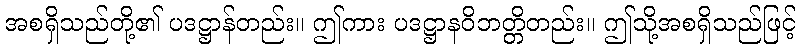
အစရှိသည်တို့၏ ပဒဋ္ဌာန်တည်း။ ဤကား ပဒဋ္ဌာနဝိဘတ္တိတည်း။ ဤသို့အစရှိသည်ဖြင့်